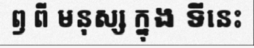
ឭ ពី មនុស្ស ក្នុង ទីនេះ